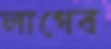
লাগেব